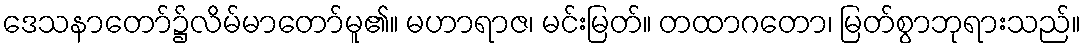
ဒေသနာတော်၌လိမ်မာတော်မူ၏။ မဟာရာဇ၊ မင်းမြတ်။ တထာဂတော၊ မြတ်စွာဘုရားသည်။